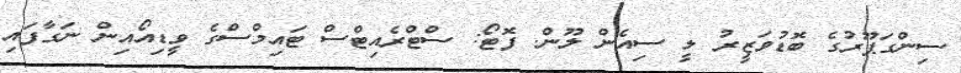
ސިންގަޕޫރުގެ ބޮޑުވަޒީރު ލީ ސިއެން ލޫން. ފޮޓޯ: ސްޓްރެއިޓްސް ޓައިމްސްގެ ވީޑިއޯއިން ނަގާފައި